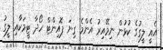
އެއީ ލީގުގެ ކުޅުން ނިމޭއިރު އެންމެ ގިނަ ޕޮއިންޓް ހޯދާ ޓީމަކާއި ލީގު